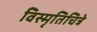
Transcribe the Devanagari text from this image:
विस्मृतिचित्रे